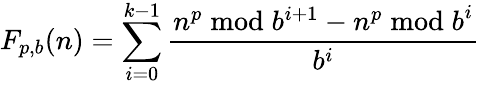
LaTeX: F_{p,b}(n)=\sum_{i=0}^{k-1}{\frac{n^{p}{\bmod{b^{i+1}}}-n^{p}{\bmod{b}}^{i}}{b^{i}}}